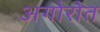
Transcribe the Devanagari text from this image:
अगोरोत